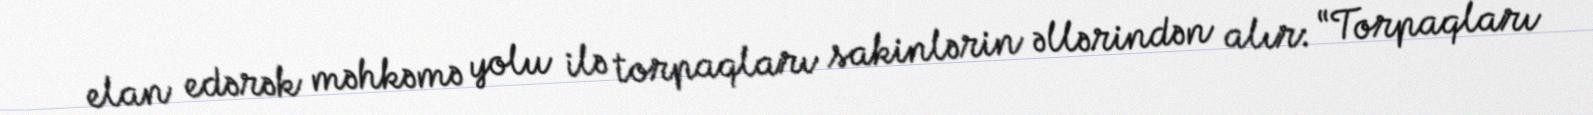
elan edərək məhkəmə yolu ilə torpaqları sakinlərin əllərindən alır: “Torpaqları